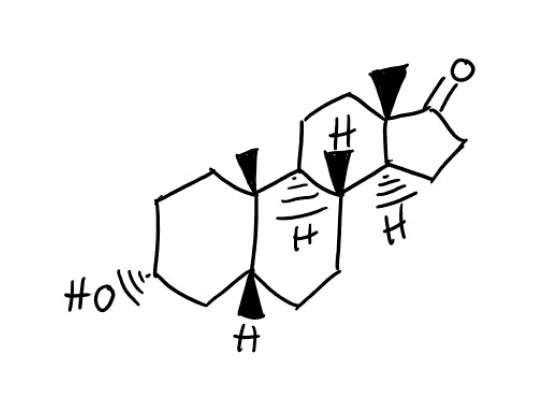
Simplified molecular-input line-entry system (SMILES) notation of the given molecule:
C[C@]12CC[C@H](C[C@H]1CC[C@@H]3[C@@H]2CC[C@]4([C@H]3CCC4=O)C)O